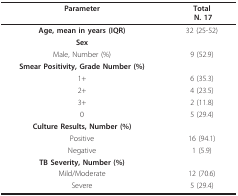
<table><thead><tr><td><b>Parameter</b></td><td><b>Total N. 17</b></td></tr></thead><tbody><tr><td><b>Age, mean in years (IQR)</b></td><td>32 (25-52)</td></tr><tr><td><b>Sex</b></td><td></td></tr><tr><td>Male, Number (%)</td><td>9 (52.9)</td></tr><tr><td><b>Smear Positivity, Grade Number (%)</b></td><td></td></tr><tr><td>1+</td><td>6 (35.3)</td></tr><tr><td>2+</td><td>4 (23.5)</td></tr><tr><td>3+</td><td>2 (11.8)</td></tr><tr><td>0</td><td>5 (29.4)</td></tr><tr><td><b>Culture Results, Number (%)</b></td><td></td></tr><tr><td>Positive</td><td>16 (94.1)</td></tr><tr><td>Negative</td><td>1 (5.9)</td></tr><tr><td><b>TB Severity, Number (%)</b></td><td></td></tr><tr><td>Mild/Moderate</td><td>12 (70.6)</td></tr><tr><td>Severe</td><td>5 (29.4)</td></tr></tbody></table>